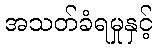
အသတ်ခံရမှုနှင့်